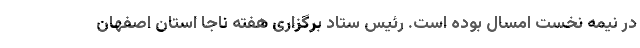
در نیمه نخست امسال بوده است. رئیس ستاد برگزاری هفته ناجا استان اصفهان